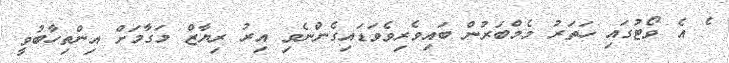
ެ އެ ވޯޓުގައި ހަތަރު މެމްބަރުން ބައިވެރިވެވަޑައިގެންނެވި އިރު ރިޔާޒް މަގާމަށް އިންތިހާބުވީ